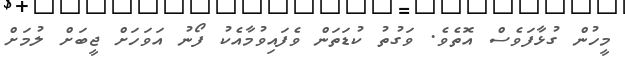
މީހުން ގުޅާފަވެސް އޮތެވެ. ވަގުތު ކުޑަތަން ވެފައިވުމާއެކު ފޯނު އަވަހަށް ޖީބަށް ލުމަށް